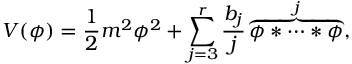
V ( \phi ) = \frac { 1 } { 2 } m ^ { 2 } \phi ^ { 2 } + \sum _ { j = 3 } ^ { r } \frac { b _ { j } } { j } \overbrace { \phi * \cdots * \phi } ^ { j } ,